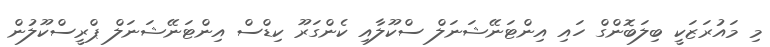
މި މައުރަޒަކީ ބިލަބޮންގް ހައި އިންޓަނޭޝަނަލް ސްކޫލާއި ކެންގަރޫ ކިޑްސް އިންޓަނޭޝަނަލް ޕްރީސްކޫލުން